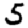
Digit: 5